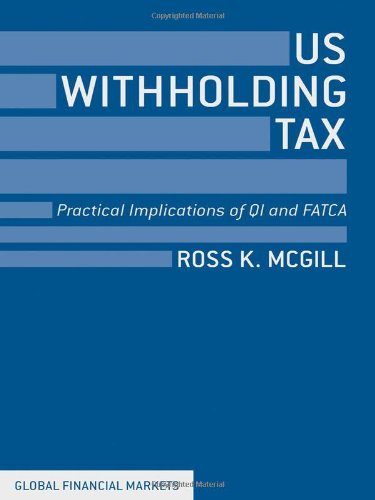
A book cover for US Withholding Tax: Practical Implications of QI and FATCA (Global Financial Markets); Ross K. McGill; Business & Money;